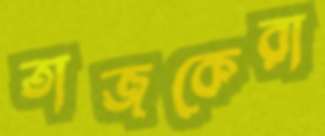
তাজকেরা